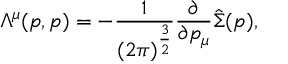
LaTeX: \Lambda ^ { \mu } ( p , p ) = - \frac { 1 } { ( 2 \pi ) ^ { \frac { 3 } { 2 } } } \frac { \partial } { \partial p _ { \mu } } \hat { \Sigma } ( p ) ,